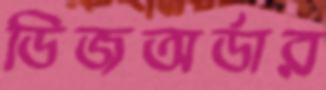
ডিজঅর্ডার